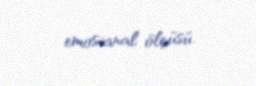
emosianal ölçüsü.